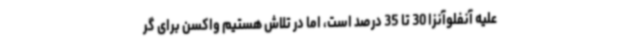
علیه آنفلوآنزا 30 تا 35 درصد است، اما در تلاش هستیم واکسن برای گر